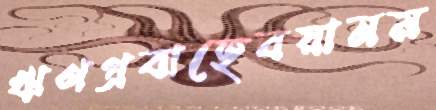
ঋণপ্রবাহেবয়ানম